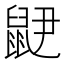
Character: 𲎝